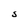
Character: S